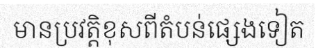
មានប្រវត្តិខុសពីតំបន់ផ្សេងទៀត